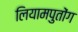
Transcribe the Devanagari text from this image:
लियामपुतोंग